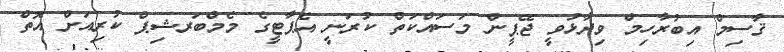
ޤާސިމް އިބުރާހިމް ވިދާޅުވީ ޖޭޕީން މަސައްކަތް ކުރަނީ އެޕާޓީގެ މެމްބަރޝިޕް ކުރިއަށް އޮތް